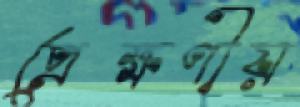
প্রেক্ষণীয়